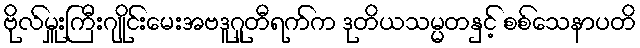
ဗိုလ်မှူးကြီးဂျိုင်းမေးအဗဒူဂူတီရက်က ဒုတိယသမ္မတနှင့် စစ်သေနာပတိ